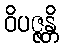
ဝိပဇ္ဇန္တိ